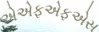
એએફએફએસ